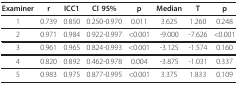
<table><thead><tr><td><b>Examiner</b></td><td><b>r</b></td><td><b>ICC1</b></td><td><b>CI 95%</b></td><td><b>p</b></td><td><b>Median</b></td><td><b>T</b></td><td><b>p</b></td></tr></thead><tbody><tr><td>1</td><td>0.739</td><td>0.850</td><td>0.250-0.970</td><td>0.011</td><td>3.625</td><td>1.260</td><td>0.248</td></tr><tr><td>2</td><td>0.971</td><td>0.984</td><td>0.922-0.997</td><td>&lt;0.001</td><td>-9.000</td><td>-7.626</td><td>&lt;0.001</td></tr><tr><td>3</td><td>0.961</td><td>0.965</td><td>0.824-0.993</td><td>&lt;0.001</td><td>-3.125</td><td>-1.574</td><td>0.160</td></tr><tr><td>4</td><td>0.820</td><td>0.892</td><td>0.462-0.978</td><td>0.004</td><td>-3.875</td><td>-1.031</td><td>0.337</td></tr><tr><td>5</td><td>0.983</td><td>0.975</td><td>0.877-0.995</td><td>&lt;0.001</td><td>3.375</td><td>1.833</td><td>0.109</td></tr></tbody></table>